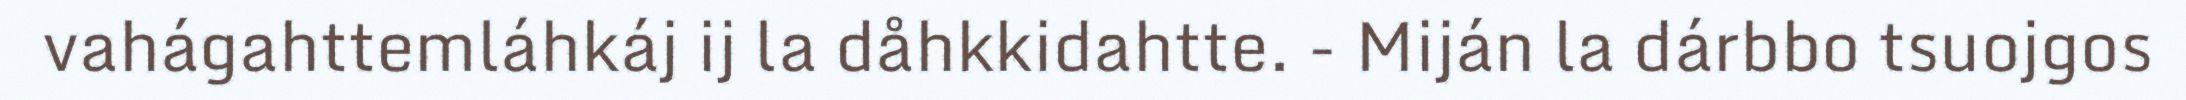
vahágahttemláhkáj ij la dåhkkidahtte. - Miján la dárbbo tsuojgos